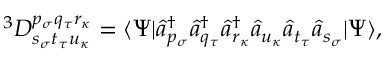
^ 3 D _ { s _ { \sigma } t _ { \tau } u _ { \kappa } } ^ { p _ { \sigma } q _ { \tau } r _ { \kappa } } = \langle \Psi | \hat { a } _ { p _ { \sigma } } ^ { \dagger } \hat { a } _ { q _ { \tau } } ^ { \dagger } \hat { a } _ { r _ { \kappa } } ^ { \dagger } \hat { a } _ { u _ { \kappa } } \hat { a } _ { t _ { \tau } } \hat { a } _ { s _ { \sigma } } | \Psi \rangle ,